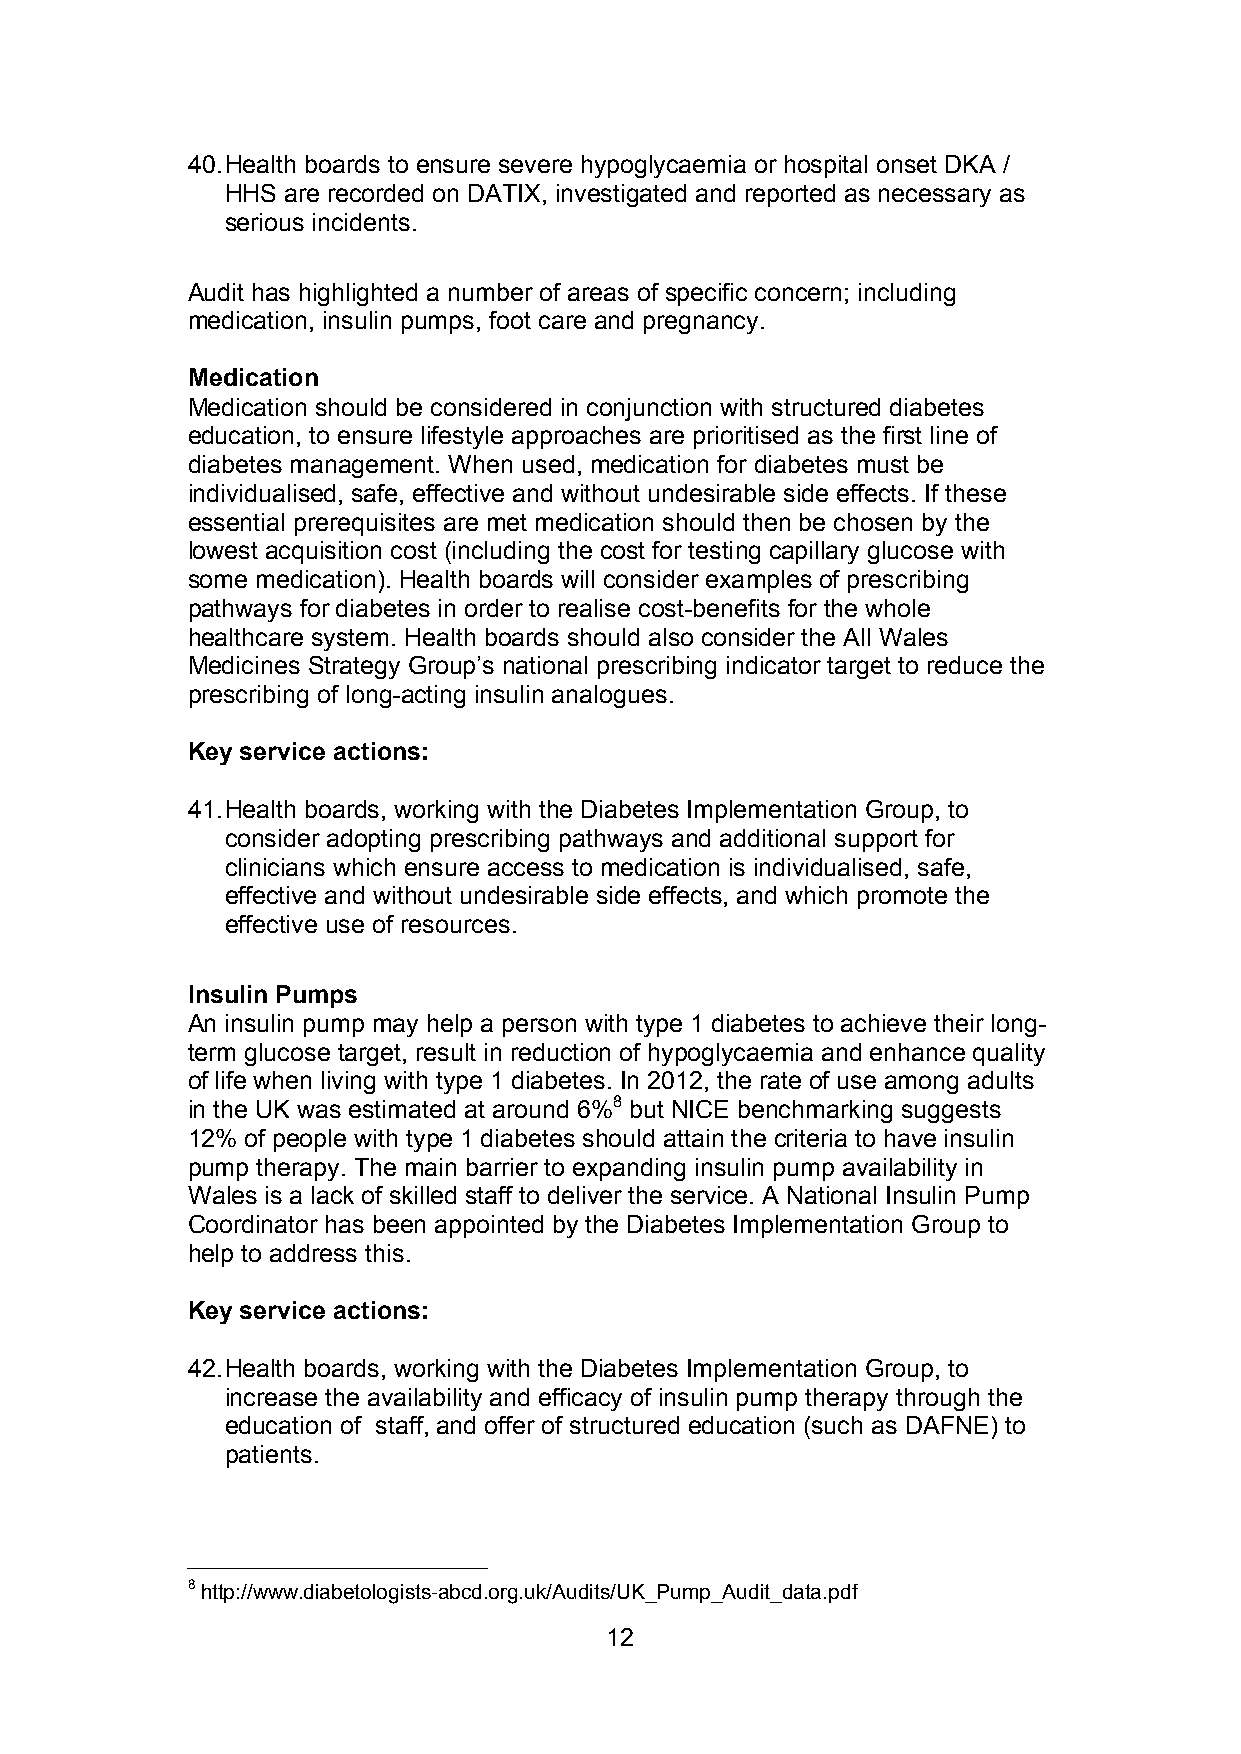
40.Health boards to ensure severe hypoglycaemia or hospital onset DKA /
 HHS are recorded on DATIX, investigated and reported as necessary as
 serious incidents.
 Audit has highlighted a number of areas of specific concern; including
 medication, insulin pumps, foot care and pregnancy.
 Medication
 Medication should be considered in conjunction with structured diabetes
 education, to ensure lifestyle approaches are prioritised as the first line of
 diabetes management. When used, medication for diabetes must be
 individualised, safe, effective and without undesirable side effects. If these
 essential prerequisites are met medication should then be chosen by the
 lowest acquisition cost (including the cost for testing capillary glucose with
 some medication). Health boards will consider examples of prescribing
 pathways for diabetes in order to realise cost-benefits for the whole
 healthcare system. Health boards should also consider the All Wales
 Medicines Strategy Group’s national prescribing indicator target to reduce the
 prescribing of long-acting insulin analogues.
 Key service actions:
 41.Health boards, working with the Diabetes Implementation Group, to
 consider adopting prescribing pathways and additional support for
 clinicians which ensure access to medication is individualised, safe,
 effective and without undesirable side effects, and which promote the
 effective use of resources.
 Insulin Pumps
 An insulin pump may help a person with type 1 diabetes to achieve their long-
 term glucose target, result in reduction of hypoglycaemia and enhance quality
 of life when living with type 1 diabetes. In 2012, the rate of use among adults
 in the UK was estimated at around 6%8 but NICE benchmarking suggests
 12% of people with type 1 diabetes should attain the criteria to have insulin
 pump therapy. The main barrier to expanding insulin pump availability in
 Wales is a lack of skilled staff to deliver the service. A National Insulin Pump
 Coordinator has been appointed by the Diabetes Implementation Group to
 help to address this.
 Key service actions:
 42.Health boards, working with the Diabetes Implementation Group, to
 increase the availability and efficacy of insulin pump therapy through the
 education of staff, and offer of structured education (such as DAFNE) to
 patients.
 8http://www.diabetologists-abcd.org.uk/Audits/UK_Pump_Audit_data.pdf
 12